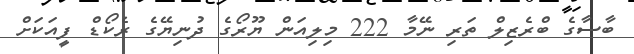
ބާސާގެ ބްރެޒިލް ތަރި ނޭމާ 222 މިލިއަން ޔޫރޯގެ ދުނިޔޭގެ ރެކޯޑް ފީއަކަށް